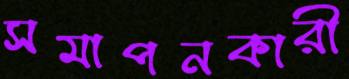
সমাপনকারী